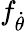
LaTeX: f_{\dot{\theta}}